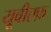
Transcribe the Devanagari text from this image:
यूवीएफ़